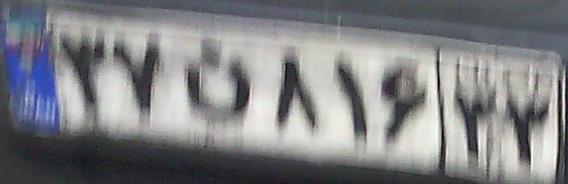
۳۷ن۸۱۶۳۳